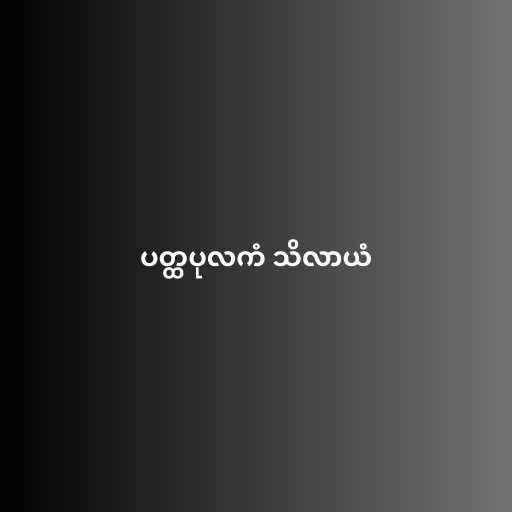
ပတ္ထပုလကံ သိလာယံ